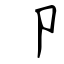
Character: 卩